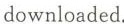
downloaded.